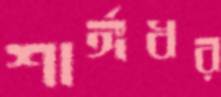
শার্ঙ্গধর